Civil Veterinary Department. Madras. Admin. report 1926-33 - 1926-1933
Year: 1926
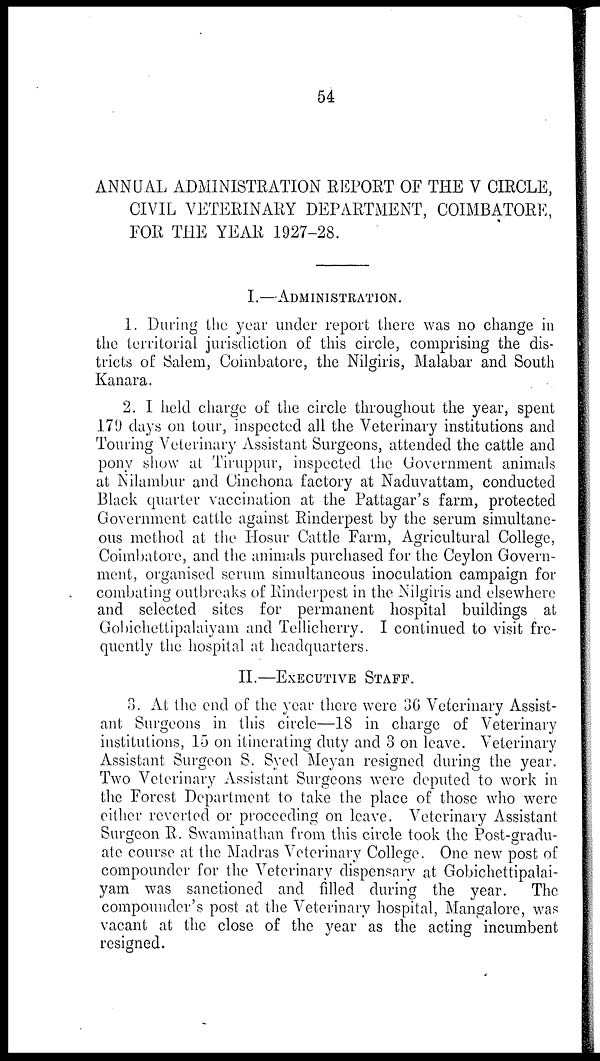
54
ANNUAL ADMINISTRATION REPORT OF THE V CIRCLE,
CIVIL VETERINARY DEPARTMENT, COIMBATORE,
FOR THE YEAR 1927-28.
I.—ADMINISTRATION.
1. During the year under report there was no change in
the territorial jurisdiction of this circle, comprising the dis-
tricts of Salem, Coimbatore, the Nilgiris, Malabar and South
Kanara.
2. I held charge of the circle throughout the year, spent
179 clays on tour, inspected all the Veterinary institutions and
Touring Veterinary Assistant Surgeons, attended the cattle and
pony show at Tiruppur, inspected the Government animals
at Nilambur and Cinchona factory at Naduvattam, conducted
Black quarter vaccination at the Pattagar's farm, protected
Government cattle against Rinderpest by the serum simultane-
ous method at the Hosur Cattle Farm, Agricultural College,
Coimbatore, and the animals purchased for the Ceylon Govern-
ment, organised serum simultaneous inoculation campaign for
combating outbreaks of Rinderpest in the Nilgiris and elsewhere
and selected sites for permanent hospital buildings at
Gobichettipalaiyam and Tellicherry. I continued to visit fre-
quently the hospital at headquarters.
II.—EXECUTIVE STAFF.
3. At the end of the year there were 36 Veterinary Assist-
ant Surgeons in this circle—18 in charge of Veterinary
institutions, 15 on itinerating duty and 3 on leave. Veterinary
Assistant Surgeon S. Syed Meyan resigned during the year.
Two Veterinary Assistant Surgeons were deputed to work in
the Forest Department to take the place of those who were
either reverted or proceeding on leave. Veterinary Assistant
Surgeon R. Swaminathan from this circle took the Post-gradu-
ate course at the Madras Veterinary College. One new post of
compounder for the Veterinary dispensary at Gobichettipalai-
yam was sanctioned and filled during the year. The
compounder's post at the Veterinary hospital, Mangalore, was
vacant at the close of the year as the acting incumbent
resigned.